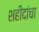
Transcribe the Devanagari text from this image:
शहीदांचा